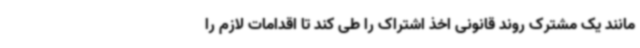
مانند یک مشترک روند قانونی اخذ اشتراک را طی کند تا اقدامات لازم را